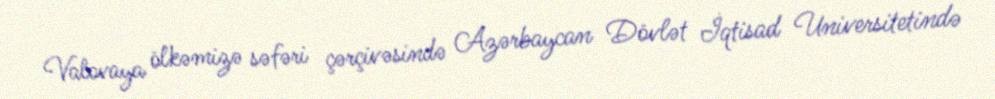
Valovaya ölkəmizə səfəri çərçivəsində Azərbaycan Dövlət İqtisad Universitetində